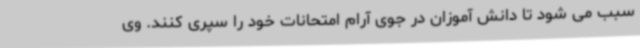
سبب می شود تا دانش آموزان در جوی آرام امتحانات خود را سپری کنند. وی